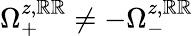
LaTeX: \Omega_{+}^{z,\mathbb{R}\mathbb{R}}\neq-\Omega_{-}^{z,\mathbb{R}\mathbb{R}}